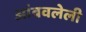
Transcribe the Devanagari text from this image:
आंबवलेली